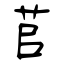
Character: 苢